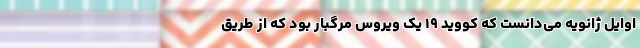
اوایل ژانویه می‌دانست که کووید ۱۹ یک ویروس مرگبار بود که از طریق